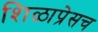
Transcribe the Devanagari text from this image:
शिळाप्रेसच